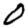
Digit: 0